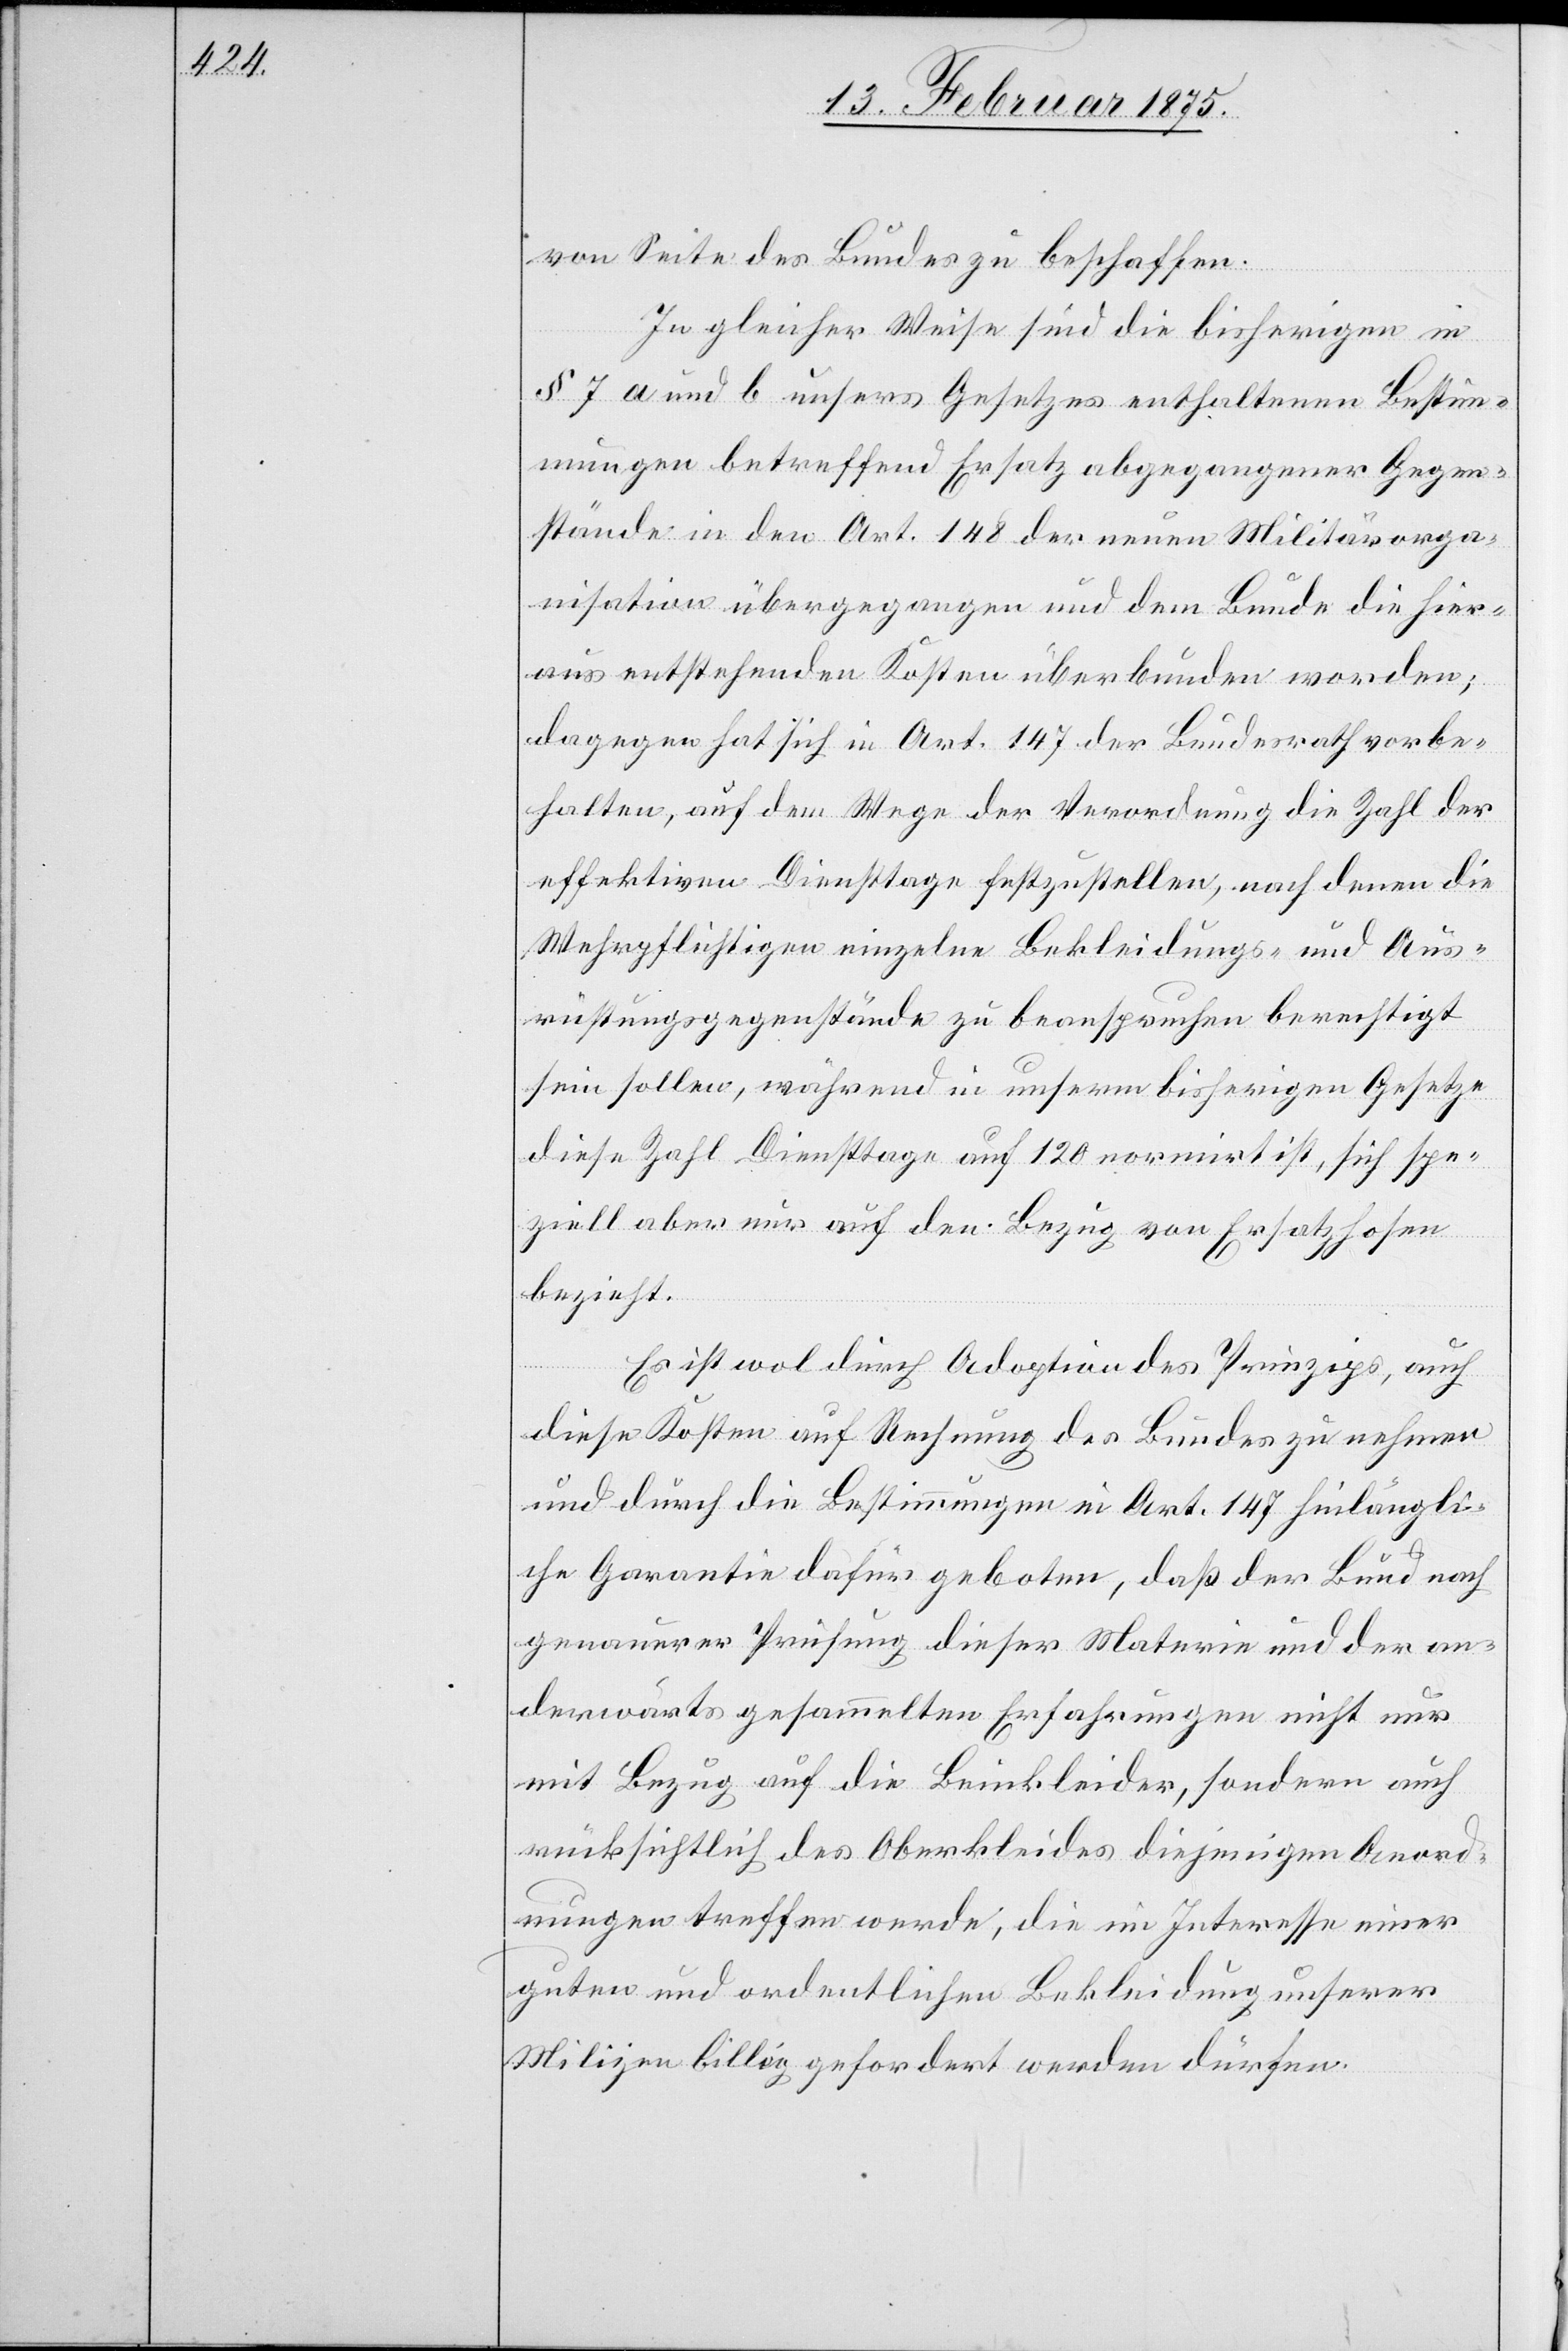
von Seite des Bundes zu beschaffen.
In gleicher Weise sind die bisherigen in
§ 7 a und b unsers Gesetzes enthaltenen Bestim¬
mungen betreffend Ersatz abgegangener Gegen¬
stände in den Art. 148 der neuen Militärorga¬
nisation übergegangen und dem Bunde die hier¬
aus entstehenden Kosten überbunden worden;
dagegen hat sich in Art. 147 der Bundesrath vorbe¬
halten, auf dem Wege der Verordnung die Zahl der
effektiven Diensttage festzustellen, nach denen die
Wehrpflichtigen einzelne Bekleidungs- und Aus¬
rüstungsgegenstände zu beanspruchen berechtigt
sein sollen, während in unserm bisherigen Gesetze
diese Zahl Diensttage auf 120 normirt ist, sich spe¬
ziell aber nur auf den Bezug von Ersatzhosen
bezieht.
Es ist wol durch Adoption des Prinzips, auch
diese Kosten auf Rechnung des Bundes zu nehmen
und durch die Bestimmungen in Art. 147 hinlängli¬
ch Garantie dafür geboten, daß der Bund nach
genauerer Prüfung dieser Materie und der an¬
derwärts gesammelten Erfahrungen nicht nur
mit Bezug auf die Beinkleider, sondern auch
rücksichtlich des Oberkleides diejenigen Anord¬
nungen treffen werde, die im Interesse einer
guten und ordentlichen Bekleidung unserer
Milizen billig gefordert werden dürfen.